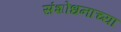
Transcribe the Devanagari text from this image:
संशोधनाच्‍या